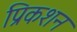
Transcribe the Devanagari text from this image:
प्रिकशन